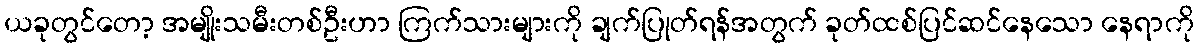
ယခုတွင်တော့ အမျိုးသမီးတစ်ဦးဟာ ကြက်သားများကို ချက်ပြုတ်ရန်အတွက် ခုတ်ထစ်ပြင်ဆင်နေသော နေရာကို